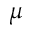
\mu